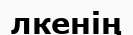
лкенің